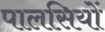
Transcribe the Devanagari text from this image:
पालसियों